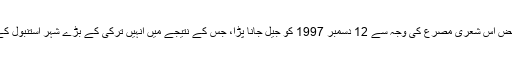
اس جلسہ عام کے عام کے بعد محض اس شعری مصرع کی وجہ سے 12 دسمبر 1997 کو جیل جانا پڑا، جس کے نتیجے میں انہیں ترکی کے بڑے شہر استنبول کے گورنری سے معزول کردیا گیا۔